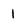
Character: 1